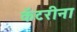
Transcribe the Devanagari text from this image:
कॅटरीना